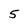
Character: 5